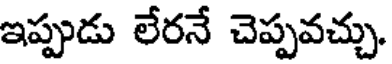
ఇప్పుడు లేరనే చెప్పవచ్చు.